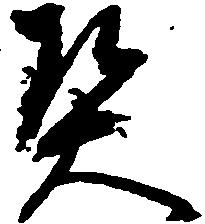
契